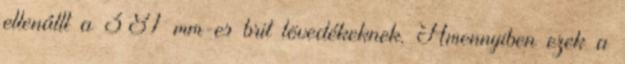
ellenállt a 381 mm-es brit lövedékeknek. Amennyiben ezek a